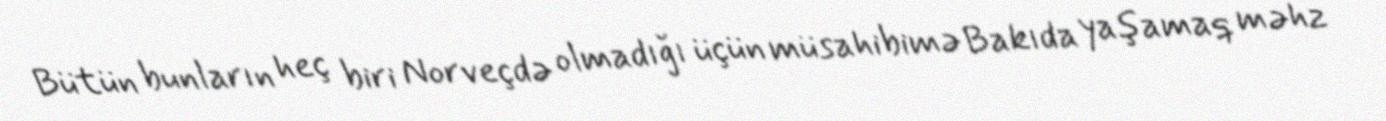
Bütün bunların heç biri Norveçdə olmadığı üçün müsahibimə Bakıda yaşamaq məhz